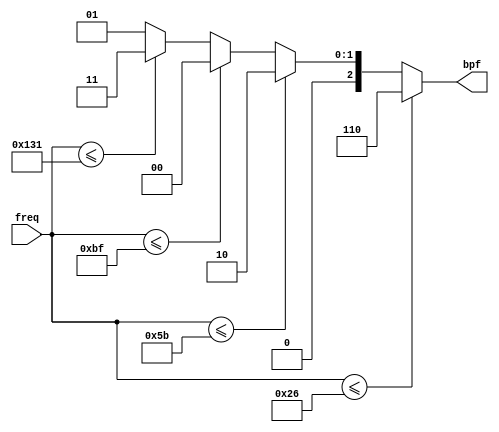


//  BPF control///



module bpf_ctrl (
   input [15:0] freq,
	output reg [2:0] bpf
	);
	
	
always @(freq)	// freq is freqoency in Hz devided by 65536
begin
   if (freq <= 38) bpf <= 3'd6; // 0-2.5MHz
	else
	if (freq <= 91) bpf <= 3'd2; // 2.5-6.0 MHz
	else
	if (freq <= 191) bpf <= 3'd0; // 6.0 - 12.5 MHz
	else
	if (freq <= 305) bpf <= 3'd3; // 12.5 - 20.0 MHz
	else
	bpf <= 3'd1; // 20 - 30 MHz
end



endmodule